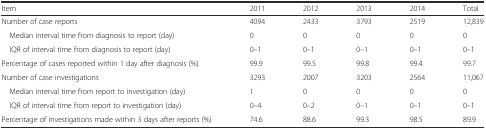
<table><thead><tr><td><b>Item</b></td><td><b>2011</b></td><td><b>2012</b></td><td><b>2013</b></td><td><b>2014</b></td><td><b>Total</b></td></tr></thead><tbody><tr><td>Number of case reports</td><td>4094</td><td>2433</td><td>3793</td><td>2519</td><td>12,839</td></tr><tr><td> Median interval time from diagnosis to report (day)</td><td>0</td><td>0</td><td>0</td><td>0</td><td>0</td></tr><tr><td> IQR of interval time from diagnosis to report (day)</td><td>0–1</td><td>0–1</td><td>0–1</td><td>0–1</td><td>0–1</td></tr><tr><td>Percentage of cases reported within 1 day after diagnosis (%)</td><td>99.9</td><td>99.5</td><td>99.8</td><td>99.4</td><td>99.7</td></tr><tr><td>Number of case investigations</td><td>3293</td><td>2007</td><td>3203</td><td>2564</td><td>11,067</td></tr><tr><td> Median interval time from report to investigation (day)</td><td>1</td><td>0</td><td>0</td><td>0</td><td>0</td></tr><tr><td> IQR of interval time from report to investigation (day)</td><td>0–4</td><td>0–2</td><td>0–1</td><td>0–1</td><td>0–1</td></tr><tr><td>Percentage of investigations made within 3 days after reports (%)</td><td>74.6</td><td>88.6</td><td>99.3</td><td>98.5</td><td>89.9</td></tr></tbody></table>